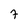
Character: 7